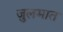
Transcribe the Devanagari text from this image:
जुलमात